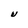
Character: U